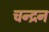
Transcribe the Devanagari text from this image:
चन्‍द्रन